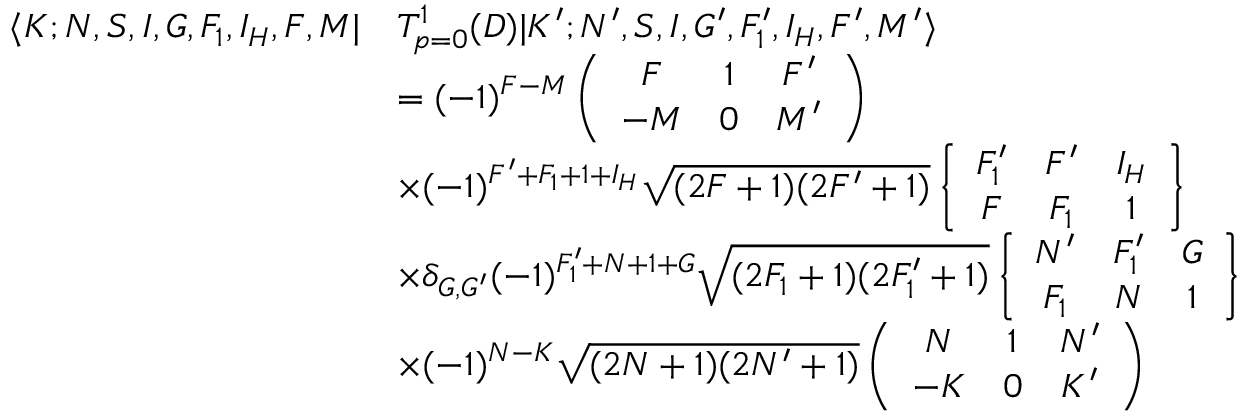
\begin{array} { r l } { \langle K ; N , S , I , G , F _ { 1 } , I _ { H } , F , M | } & { T _ { p = 0 } ^ { 1 } ( D ) | K ^ { \prime } ; N ^ { \prime } , S , I , G ^ { \prime } , F _ { 1 } ^ { \prime } , I _ { H } , F ^ { \prime } , M ^ { \prime } \rangle } \\ & { = ( - 1 ) ^ { F - M } \left( \begin{array} { c c c } { F } & { 1 } & { F ^ { \prime } } \\ { - M } & { 0 } & { M ^ { \prime } } \end{array} \right) } \\ & { \times ( - 1 ) ^ { F ^ { \prime } + F _ { 1 } + 1 + I _ { H } } \sqrt { ( 2 F + 1 ) ( 2 F ^ { \prime } + 1 ) } \left\{ \begin{array} { c c c } { F _ { 1 } ^ { \prime } } & { F ^ { \prime } } & { I _ { H } } \\ { F } & { F _ { 1 } } & { 1 } \end{array} \right\} } \\ & { \times \delta _ { G , G ^ { \prime } } ( - 1 ) ^ { F _ { 1 } ^ { \prime } + N + 1 + G } \sqrt { ( 2 F _ { 1 } + 1 ) ( 2 F _ { 1 } ^ { \prime } + 1 ) } \left\{ \begin{array} { c c c } { N ^ { \prime } } & { F _ { 1 } ^ { \prime } } & { G } \\ { F _ { 1 } } & { N } & { 1 } \end{array} \right\} } \\ & { \times ( - 1 ) ^ { N - K } \sqrt { ( 2 N + 1 ) ( 2 N ^ { \prime } + 1 ) } \left( \begin{array} { c c c } { N } & { 1 } & { N ^ { \prime } } \\ { - K } & { 0 } & { K ^ { \prime } } \end{array} \right) } \end{array}